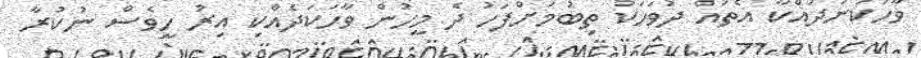
ވާހަކަނުދައްކާ އެތައް ދުވަހަކު ތިބުމަށްފަހު ދެ މީހުން ވާހަކަދެއްކި އިރު ހީވެސް ނުކުރާ